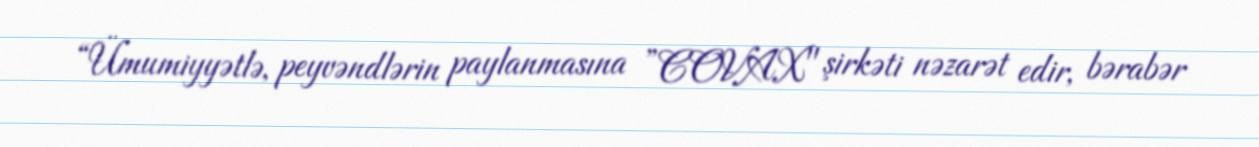
“Ümumiyyətlə, peyvəndlərin paylanmasına ”COVAX" şirkəti nəzarət edir, bərabər